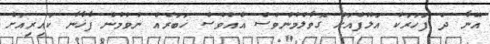
އޭނާ ދެ ފަހަރަކު އަލޫފްއަށް ގޮވާލުމުންވެސް އެއްވެސް ޚަބަރެއް ނުވުމުން ފާޚާނާ ކައިރިއަށް